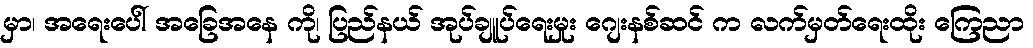
မှာ၊ အရေးပေါ် အခြေအနေ ကို၊ ပြည်နယ် အုပ်ချူပ်ရေးမှုး ဂျေးနစ်ဆင် က လက်မှတ်ရေးထိုး ကြေညာ